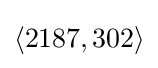
\langle 2187,302\rangle